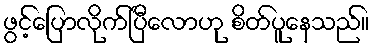
ဖွင့်ပြောလိုက်ပြီလောဟု စိတ်ပူနေသည်။